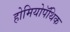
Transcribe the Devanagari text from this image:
होमियोपॅथिक